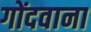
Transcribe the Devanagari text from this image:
गोंदवाना